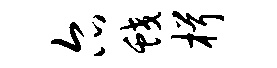
尔蛟楫